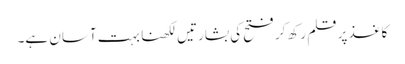
کاغذ پر قلم رکھ کر فتح کی بشارتیں لکھنا بہت آسان ہے۔